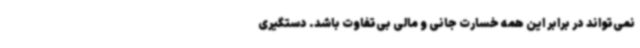
نمی‌تواند در برابر این همه خسارت جانی و مالی بی‌تفاوت باشد. دستگیری